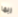
ربما